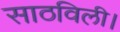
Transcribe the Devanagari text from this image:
साठविली।